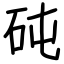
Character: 砘